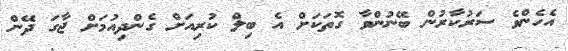
އެހެންވެ ސަރުކާރުން ބޭނުންވާ ގޮތަކަށް އެ ބިލް ކުރިއަށް ގެންދިއުމަށް ޖާގަ ދޭން